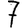
Digit: 7